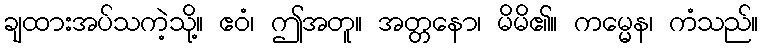
ချထားအပ်သကဲ့သို့။ ဧဝံ၊ ဤအတူ။ အတ္တနော၊ မိမိ၏။ ကမ္မေန၊ ကံသည်။